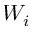
W _ { i }